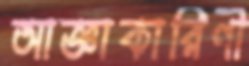
আজ্ঞাকারিণী